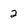
Character: 2